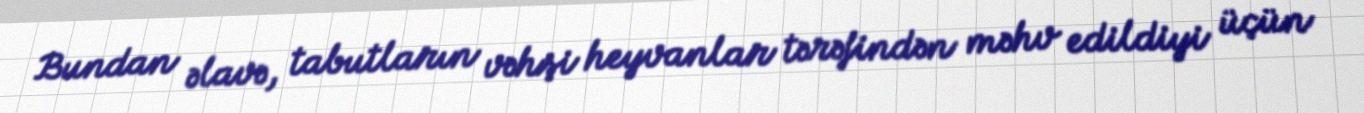
Bundan əlavə, tabutların vəhşi heyvanlar tərəfindən məhv edildiyi üçün